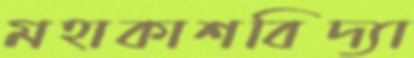
মহাকাশবিদ্যা